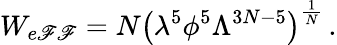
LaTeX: W_{e\mathscr{F}\mathscr{F}}=N\left(\lambda^{5}\phi^{5}\Lambda^{3N-5}\right)^{\frac{{1}}{{N}}}\, .